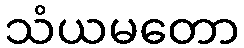
သံယမတော